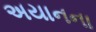
અયાનના